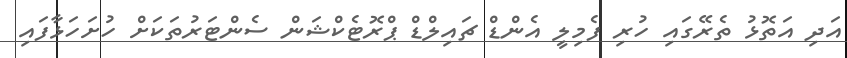
އަދި އަތޮޅު ތެރޭގައި ހުރި ފެމިލީ އެންޑް ޗައިލްޑް ޕްރޮޓެކްޝަން ސެންޓަރުތަކަށް ހުށަހަޅާފައި